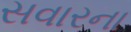
સવારના